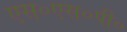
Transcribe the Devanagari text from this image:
एस०एस०पी०